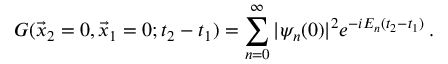
G ( \vec { x } _ { 2 } = 0 , \vec { x } _ { 1 } = 0 ; t _ { 2 } - t _ { 1 } ) = \sum _ { n = 0 } ^ { \infty } | \psi _ { n } ( 0 ) | ^ { 2 } e ^ { - i E _ { n } ( t _ { 2 } - t _ { 1 } ) } \, .